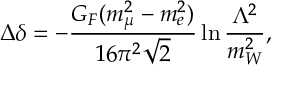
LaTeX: \Delta \delta = - { \frac { G _ { F } ( m _ { \mu } ^ { 2 } - m _ { e } ^ { 2 } ) } { 1 6 \pi ^ { 2 } \sqrt 2 } } \ln { \frac { \Lambda ^ { 2 } } { m _ { W } ^ { 2 } } } ,